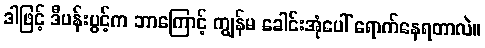
ဒါဖြင့် ဒီပန်းပွင့်က ဘာကြောင့် ကျွန်မ ခေါင်းအုံပေါ် ရောက်နေရတာလဲ။